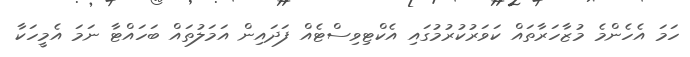
ހަމަ އެހެންމެ މުޒާހަރާތައް ކަވަރުކުރުމުގައި އެކްޓިވިސްޓެއް ފަދައިން އަމަލުތައް ބަހައްޓާ ނަމަ އެމީހަކާ